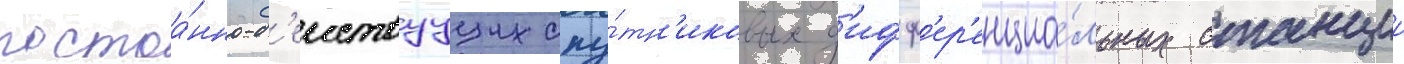
постоа́нно-д'еиствуущих спу́тн'иковых д'ифф'ер'енциа́льных станции